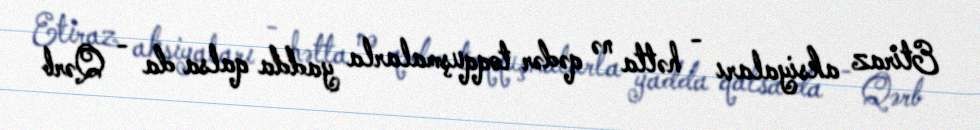
Etiraz aksiyaları - hətta nə qədər toqquşmalarla yadda qalsa da - Qərb